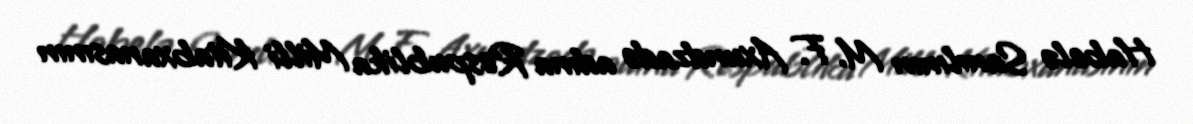
Habelə Sanılının M. F. Axundzadə adına Respublika Milli Kitabxanasının